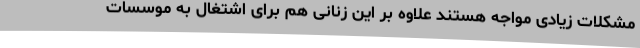
مشکلات زیادی مواجه هستند علاوه بر این زنانی هم برای اشتغال به موسسات